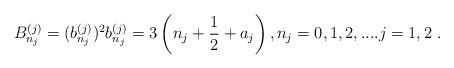
\begin{align*}B_{n_j}^{(j)} = (b_{n_j}^{(j)})^2 b_{n_j}^{(j)}=3\left( n_j + \frac{1}{2} + a_j \right),n_j=0,1,2,.... j=1,2 \ . \end{align*}